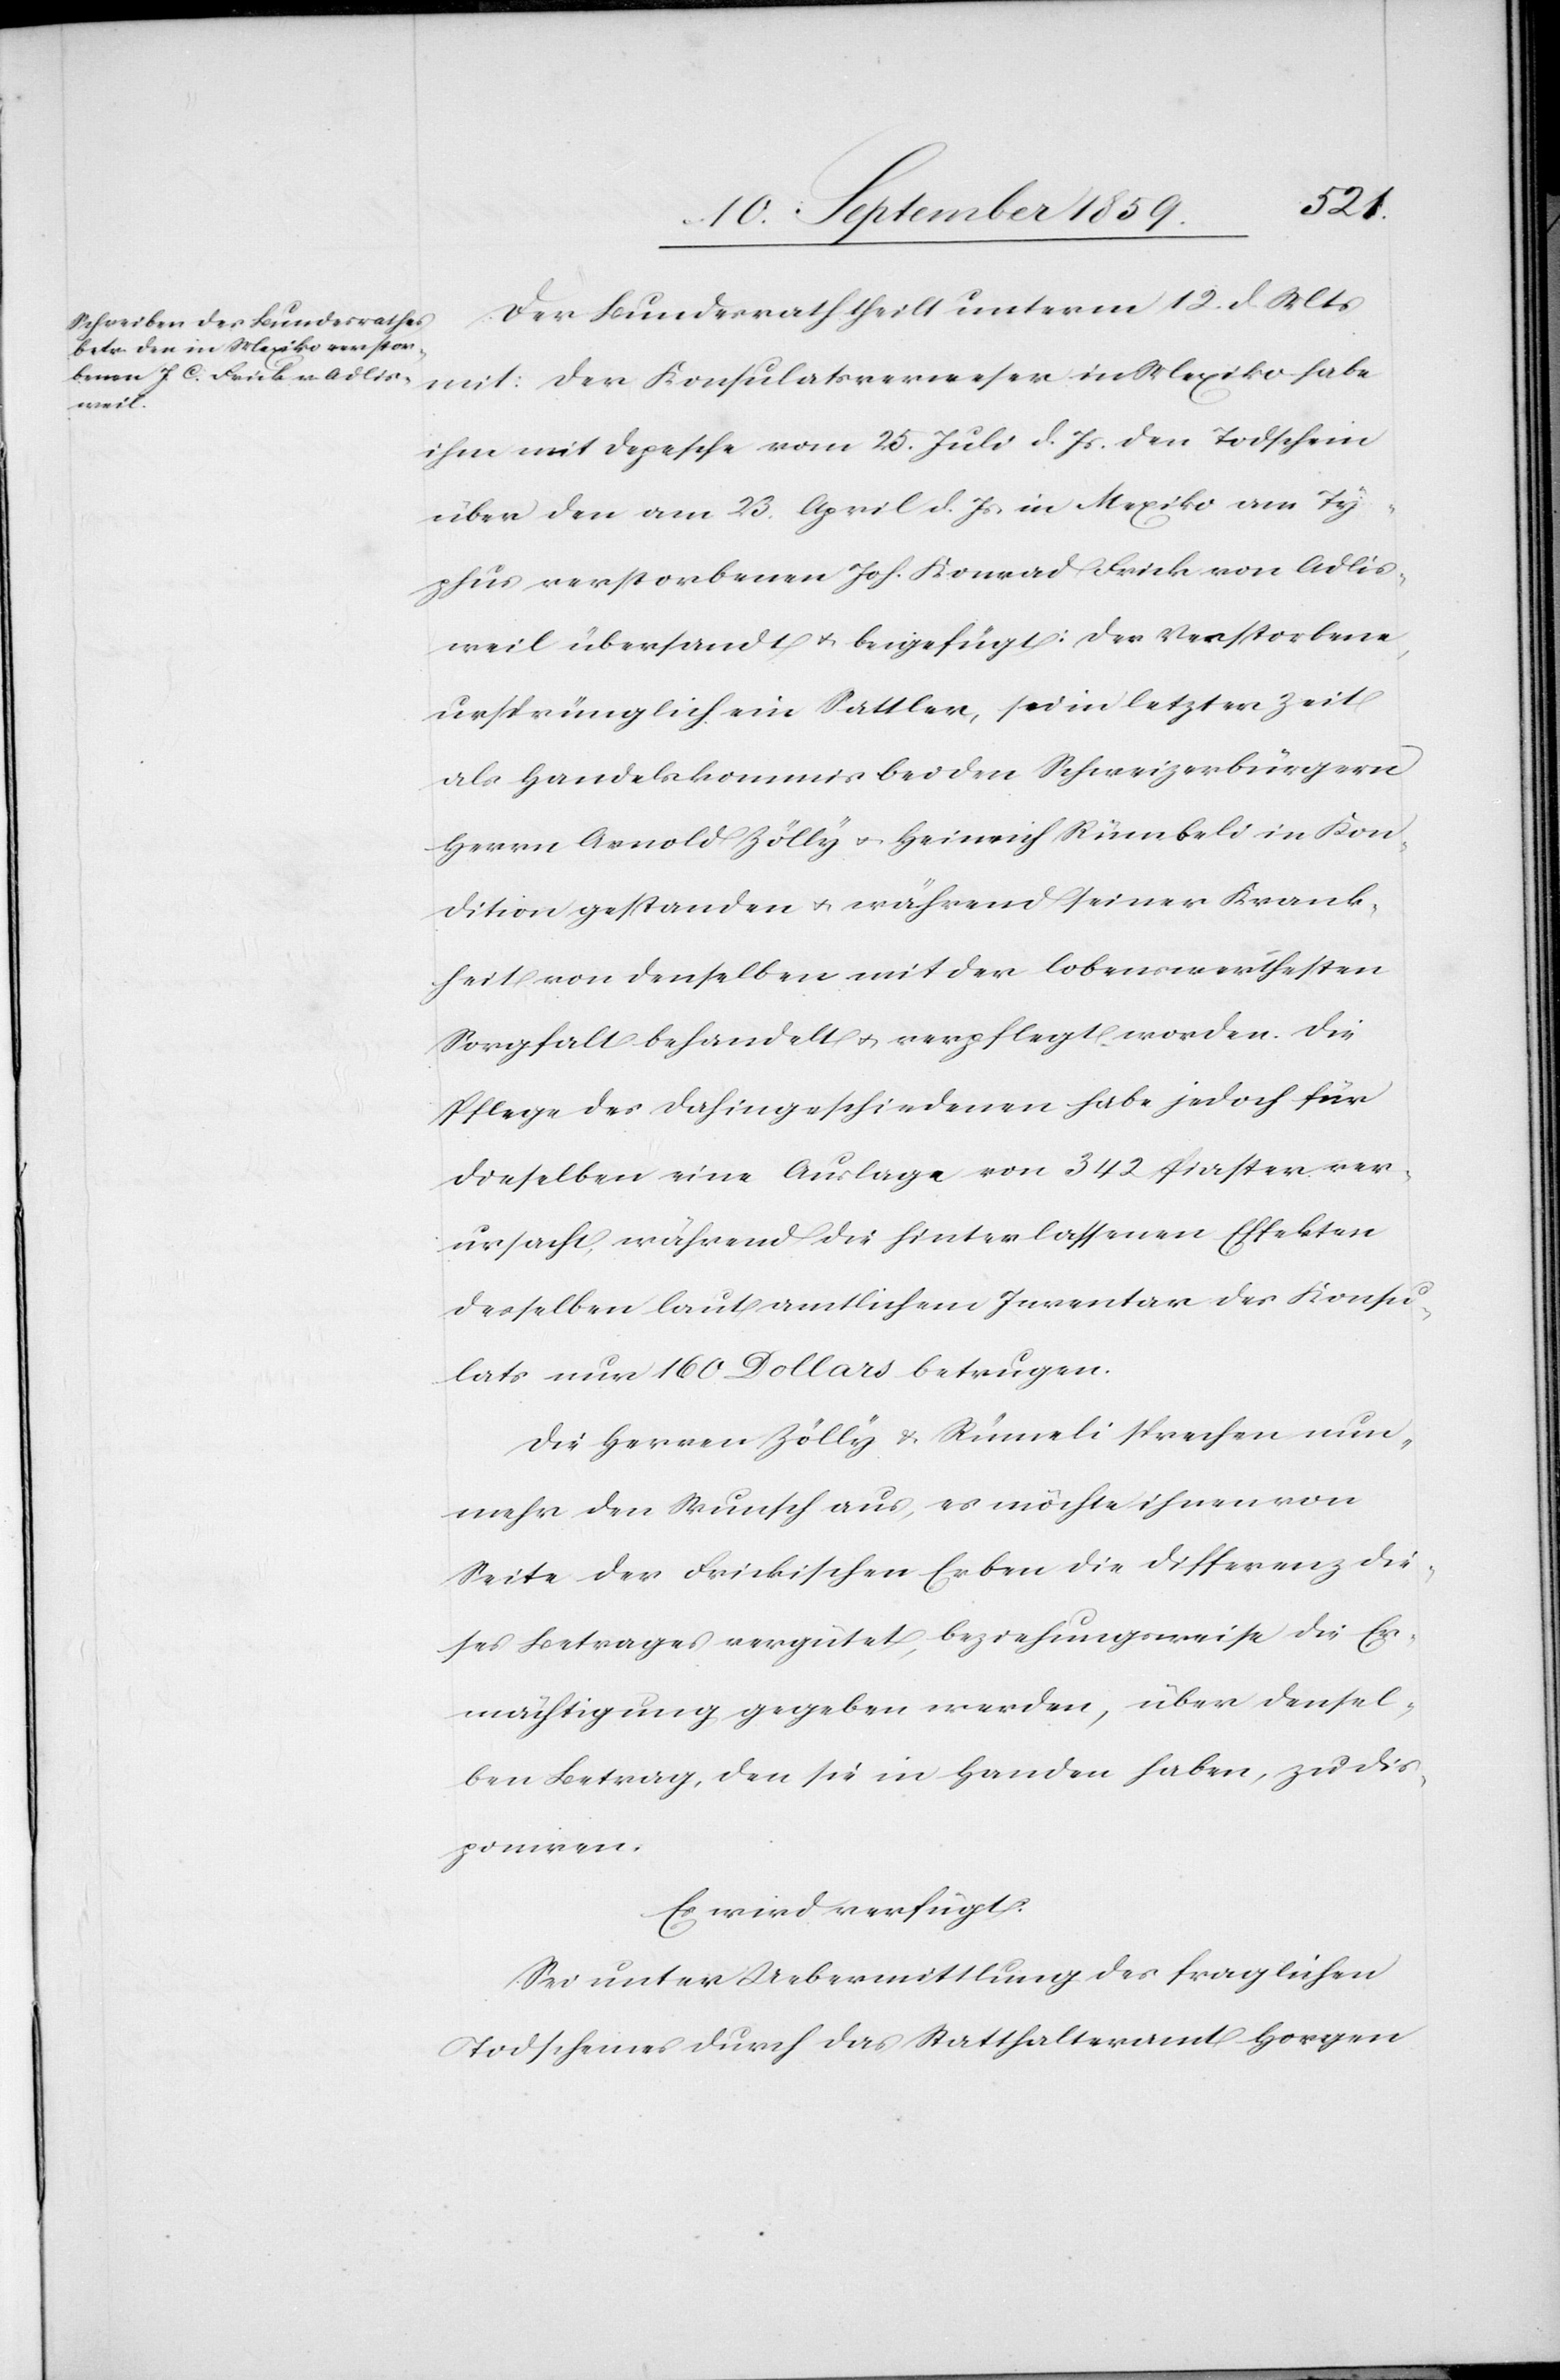
den
15. September 1859.]
Der Bundesrath theilt unterm 12. d. Mts.
mit: der Konsulatsverweser in Mexiko habe
ihm mit Depesche vom 25. Juli d. Js. den Todschein
über den am 23. April d. Js. in Mexiko am Ty¬
phus verstorbenen Joh. Konrad Frick von Adlis¬
weil übersandt & beigefügt: Der Verstorbene,
ursprünglich ein Sattler, sei in letzter Zeit
als Handelskommis bei den Schweizerbürgern
Herrn Arnold Zölly & Heinrich Rümbeli in Kon¬
dition gestanden & während seiner Krank¬
heit von denselben mit der lobenswerthesten
Sorgfalt behandelt & verpflegt worden. Die
Pflege des dahingeschiedenen habe jedoch für
dieselben eine Auslage von 342 Piaster ver¬
ursacht während die hinterlassenen Effekten
desselben laut amtlichem Inventar des Konsu¬
lats nur 160 Dollars betrugen.
Die Herren Zölly & Rümeli [sic!] sprechen nun¬
mehr den Wunsch aus, es möchte ihnen von
Seite der Frickischen Erben die Differenz die¬
ses Betrages vergütet, beziehungsweise die Er¬
mächtigung gegeben werden, über densel¬
ben Betrag, den sie in Handen haben, zu dis¬
poniren.
Es wird verfügt:
Sei unter Uebermittlung des fraglichen
Todscheines durch das Statthalteramt Horgen